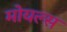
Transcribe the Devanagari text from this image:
मोयल्स